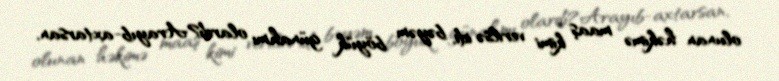
olunan həkimə maaş kimi verilsə idi, bəyəm böyük günahmı olardı?Arayıb-axtarsan,